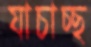
যাচাচ্ছ